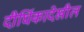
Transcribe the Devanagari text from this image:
दीर्घिकादेखील